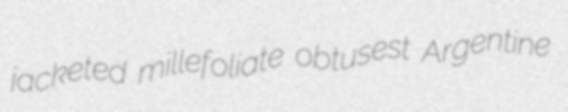
jacketed millefoliate obtusest Argentine